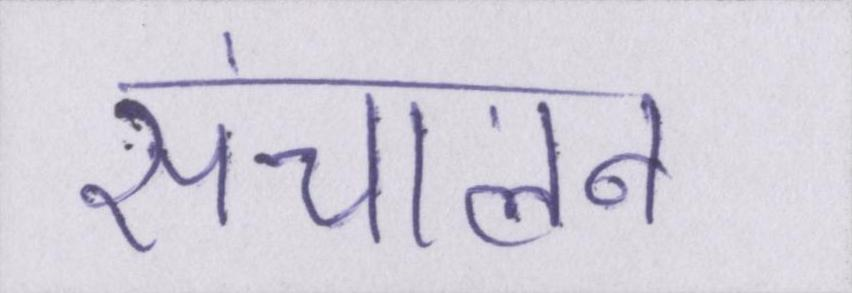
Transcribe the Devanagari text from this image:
संचालन